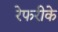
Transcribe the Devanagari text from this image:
रेफरीके